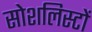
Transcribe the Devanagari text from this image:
सोशलिस्टों